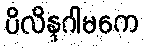
ပိလိန္ဒဂါမကေ